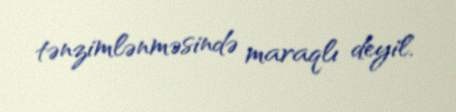
tənzimlənməsində maraqlı deyil.